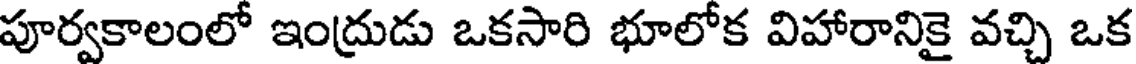
పూర్వకాలంలో ఇంద్రుడు ఒకసారి భూలోక విహారానికై వచ్చి ఒక